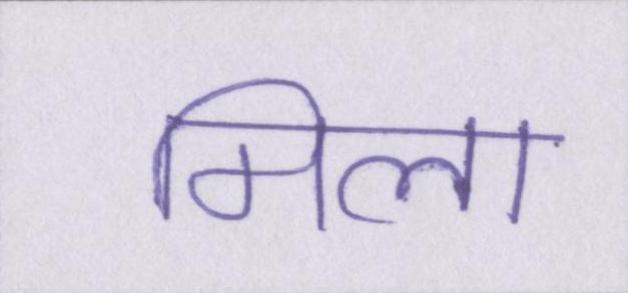
मिला